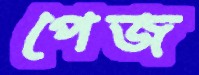
পেজ